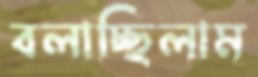
বলাচ্ছিলাম